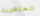
المتعرية